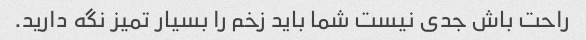
راحت باش جدی نیست شما باید زخم را بسیار تمیز نگه دارید.